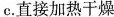
c.直接加热干燥